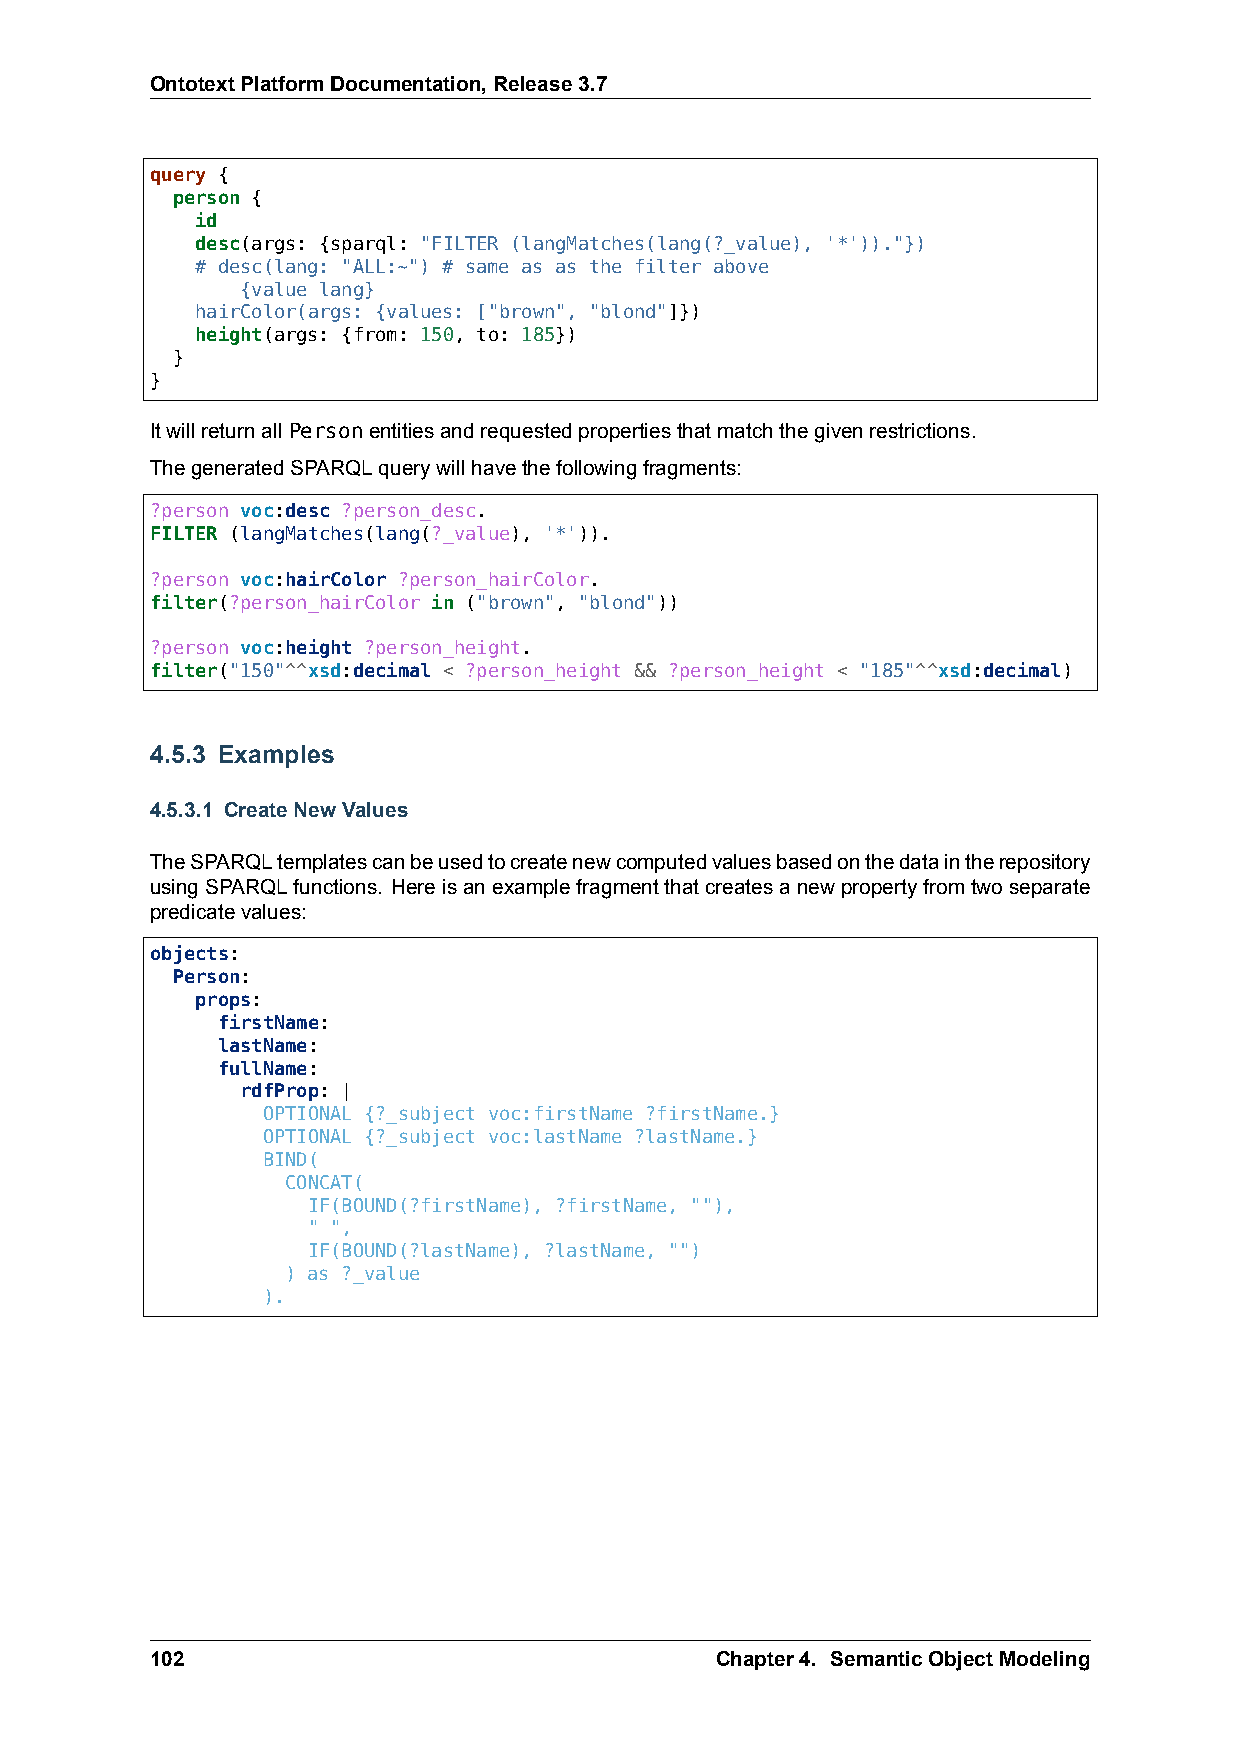
OntotextPlatformDocumentation,Release3.7
 query {
 person {
 id
 desc(args: {sparql: "FILTER (langMatches(lang(?_value), '*'))."})
 # desc(lang: "ALL:~") # same as as the filter above
 {value lang}
 hairColor(args: {values: ["brown", "blond"]})
 height(args: {from: 150, to: 185})
 }
 }
 ItwillreturnallPersonentitiesandrequestedpropertiesthatmatchthegivenrestrictions.
 ThegeneratedSPARQLquerywillhavethefollowingfragments:
 ?person voc:desc ?person_desc.
 FILTER (langMatches(lang(?_value), '*')).
 ?person voc:hairColor ?person_hairColor.
 filter(?person_hairColor in ("brown", "blond"))
 ?person voc:height ?person_height.
 filter("150"^^xsd:decimal < ?person_height && ?person_height < "185"^^xsd:decimal)
 4.5.3 Examples
 4.5.3.1 CreateNewValues
 TheSPARQLtemplatescanbeusedtocreatenewcomputedvaluesbasedonthedataintherepository
 usingSPARQLfunctions. Hereisanexamplefragmentthatcreatesanewpropertyfromtwoseparate
 predicatevalues:
 objects:
 Person:
 props:
 firstName:
 lastName:
 fullName:
 rdfProp: |
 OPTIONAL {?_subject voc:firstName ?firstName.}
 OPTIONAL {?_subject voc:lastName ?lastName.}
 BIND(
 CONCAT(
 IF(BOUND(?firstName), ?firstName, ""),
 " ",
 IF(BOUND(?lastName), ?lastName, "")
 ) as ?_value
 ).
 102                                  Chapter4. SemanticObjectModeling